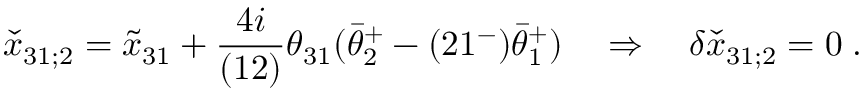
\check { x } _ { 3 1 ; 2 } = \tilde { x } _ { 3 1 } + { \frac { 4 i } { ( 1 2 ) } } \theta _ { 3 1 } ( \bar { \theta } _ { 2 } ^ { + } - ( 2 1 ^ { - } ) \bar { \theta } _ { 1 } ^ { + } ) \quad \Rightarrow \quad \delta \check { x } _ { 3 1 ; 2 } = 0 \; .